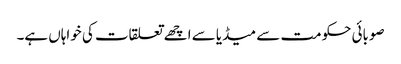
صوبائی حکومت سے میڈیا سے اچھے تعلقات کی خواہاں ہے۔